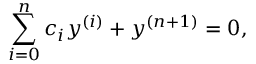
\sum _ { i = 0 } ^ { n } c _ { i } y ^ { ( i ) } + y ^ { ( n + 1 ) } = 0 ,